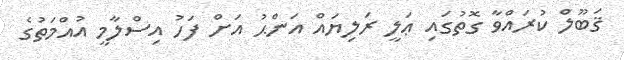
ޤަބޫލް ކުރައްވާ ގޮތުގައި ޢަލީ ރަލިޔައް އަންޙު އަށް ފަހު އިސްލާމީ އުއްމަތުގެ